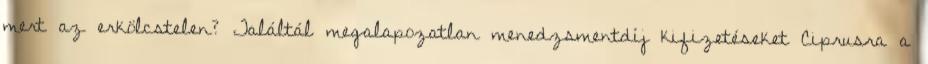
mert az erkölcstelen? Találtál megalapozatlan menedzsmentdíj kifizetéseket Ciprusra a